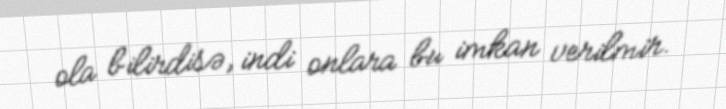
ola bilirdisə, indi onlara bu imkan verilmir.